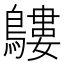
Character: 𪅛